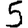
Digit: 5